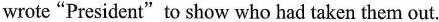
wrote"President"to show who had taken them out.